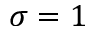
\sigma = 1